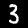
Digit: 3